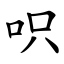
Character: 呮